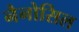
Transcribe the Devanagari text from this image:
नैनोसिल